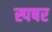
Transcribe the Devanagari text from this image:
स्पषर